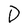
Character: D